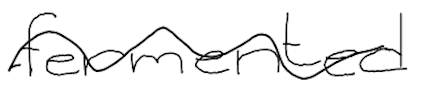
Text: fermented
Cross-out: wave
Writing tool: digital_black